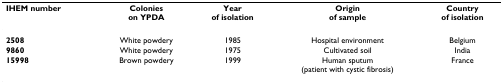
<table><thead><tr><td><b>IHEM number</b></td><td><b>Colonieson YPDA</b></td><td><b>Yearof isolation</b></td><td><b>Originof sample</b></td><td><b>Countryof isolation</b></td></tr></thead><tbody><tr><td><b>2508</b></td><td>White powdery</td><td>1985</td><td>Hospital environment</td><td>Belgium</td></tr><tr><td><b>9860</b></td><td>White powdery</td><td>1975</td><td>Cultivated soil</td><td>India</td></tr><tr><td><b>15998</b></td><td>Brown powdery</td><td>1999</td><td>Human sputum(patient with cystic fibrosis)</td><td>France</td></tr></tbody></table>